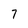
Character: 7